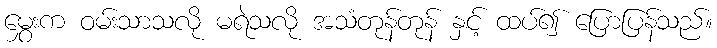
မွှေးက ဝမ်းသာသလို မရဲသလို အသံတုန်တုန် နှင့် ထပ်၍ ပြောပြန်သည်။